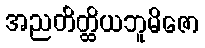
အညတိတ္ထိယဘူမိဇော